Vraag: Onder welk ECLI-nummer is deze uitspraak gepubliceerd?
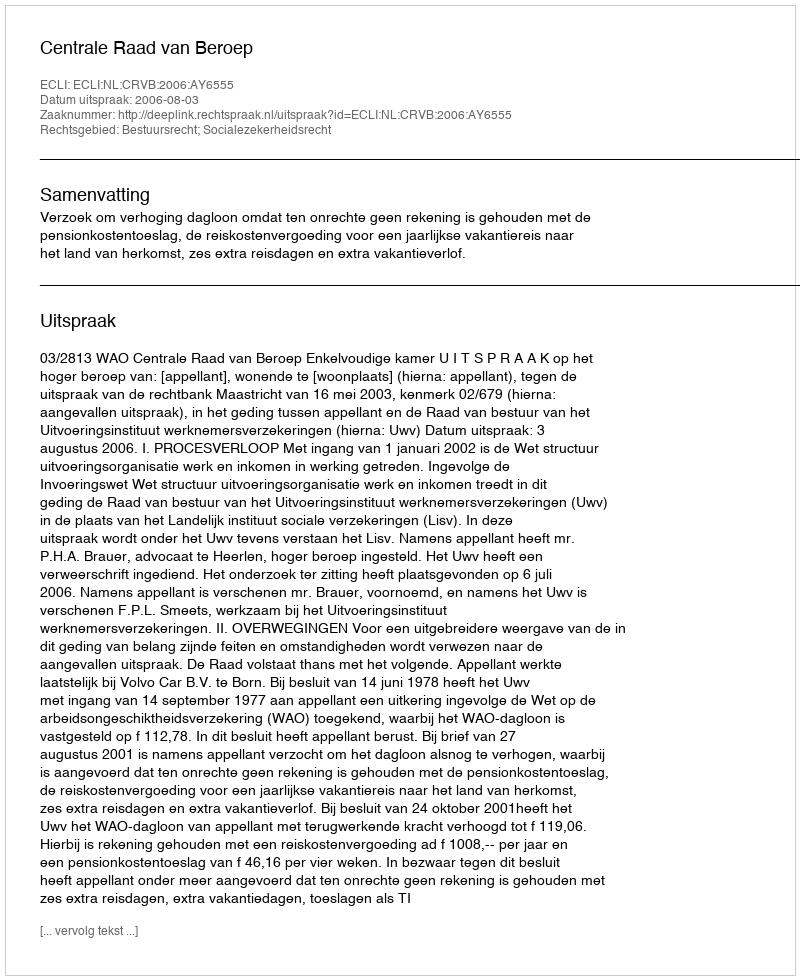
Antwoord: ECLI:NL:CRVB:2006:AY6555